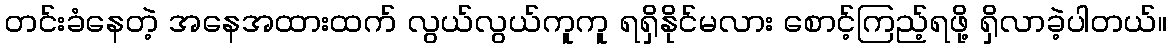
တင်းခံနေတဲ့ အနေအထားထက် လွယ်လွယ်ကူကူ ရရှိနိုင်မလား စောင့်ကြည့်ရဖို့ ရှိလာခဲ့ပါတယ်။